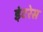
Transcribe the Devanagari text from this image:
इंटरेस